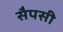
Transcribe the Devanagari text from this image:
सैपसी